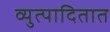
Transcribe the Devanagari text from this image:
व्युत्पादितात